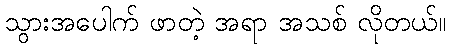
သွားအပေါက် ဖာတဲ့ အရာ အသစ် လိုတယ်။